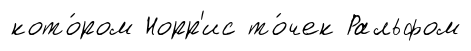
кото́ром Норр'ис то́чек Ральфом